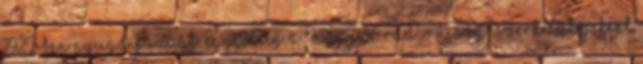
1927-ben nyugdíjazzák. Egy ideig a "Magyar Rádió Újság" szerkesztőjeként